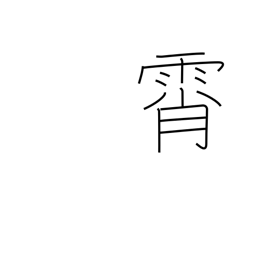
Meaning: sky